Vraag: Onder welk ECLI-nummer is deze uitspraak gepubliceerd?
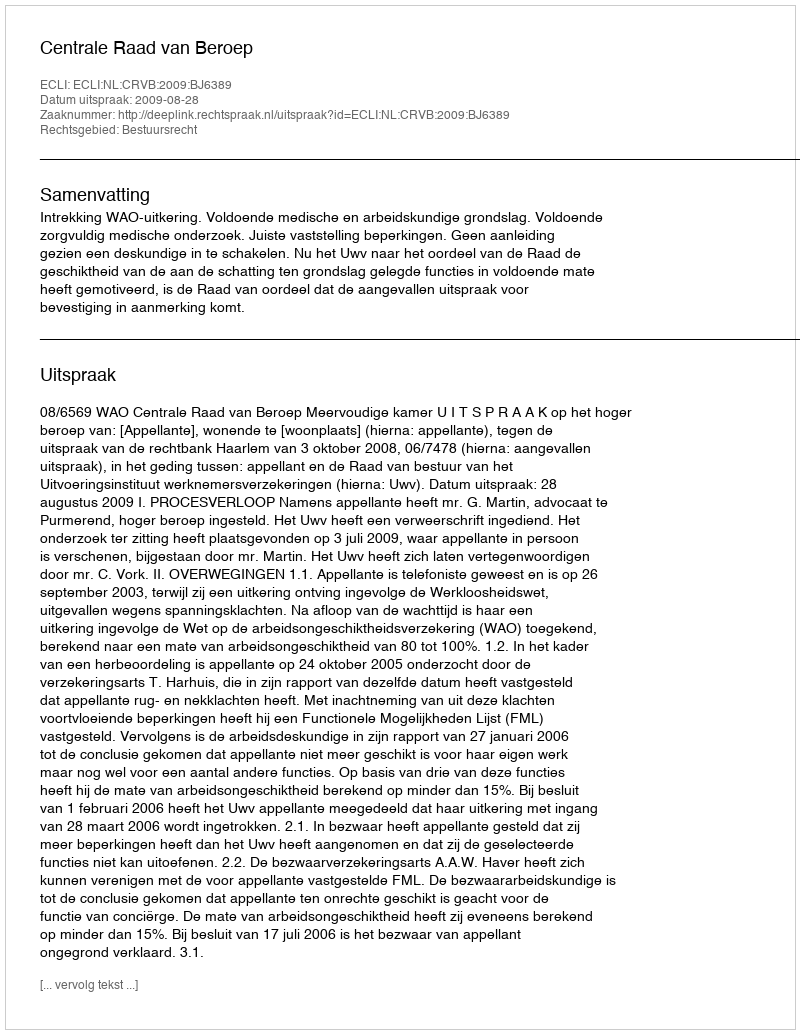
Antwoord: ECLI:NL:CRVB:2009:BJ6389